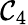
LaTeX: \mathcal{C}_{4}